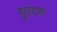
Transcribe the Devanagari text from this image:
हुसटन